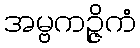
အမ္ဗကဉ္ဇိကံ